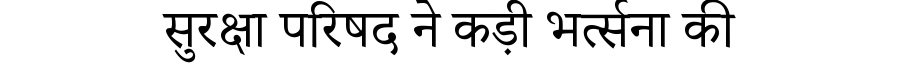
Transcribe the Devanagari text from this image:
सुरक्षा परिषद ने कड़ी भर्त्सना की